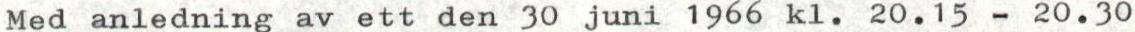
Med anledning av ett den 30 juni 1966 kl. 20.15 - 20.30